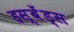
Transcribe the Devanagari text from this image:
हस्बेंड्स